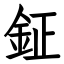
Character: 鉦